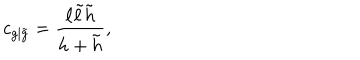
c _ { g | \tilde { g } } = \frac { \ell \tilde { \ell } \tilde { h } } { h + \tilde { h } } ,